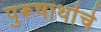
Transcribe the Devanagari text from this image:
पुरूषार्थाचे